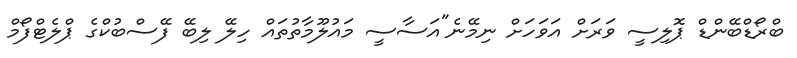
ބްރޯޑްބޭންޑް ޕޮލިސީ ވަރަށް އަވަހަށް ނިމޭނެ"އަސާސީ މައުލޫމާތުތައް ހިލޭ ލިބޭ ފޭސްބުކްގެ ޕްލެޓްފޯމް